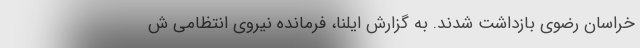
خراسان رضوی بازداشت شدند. به گزارش ایلنا، فرمانده نیروی انتظامی ش